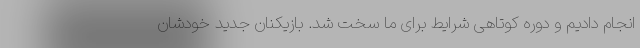
انجام دادیم و دوره کوتاهی شرایط برای ما سخت شد. بازیکنان جدید خودشان